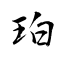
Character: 珀